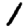
Digit: 1